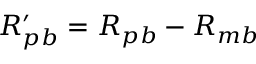
R _ { p b } ^ { \prime } = R _ { p b } - R _ { m b }